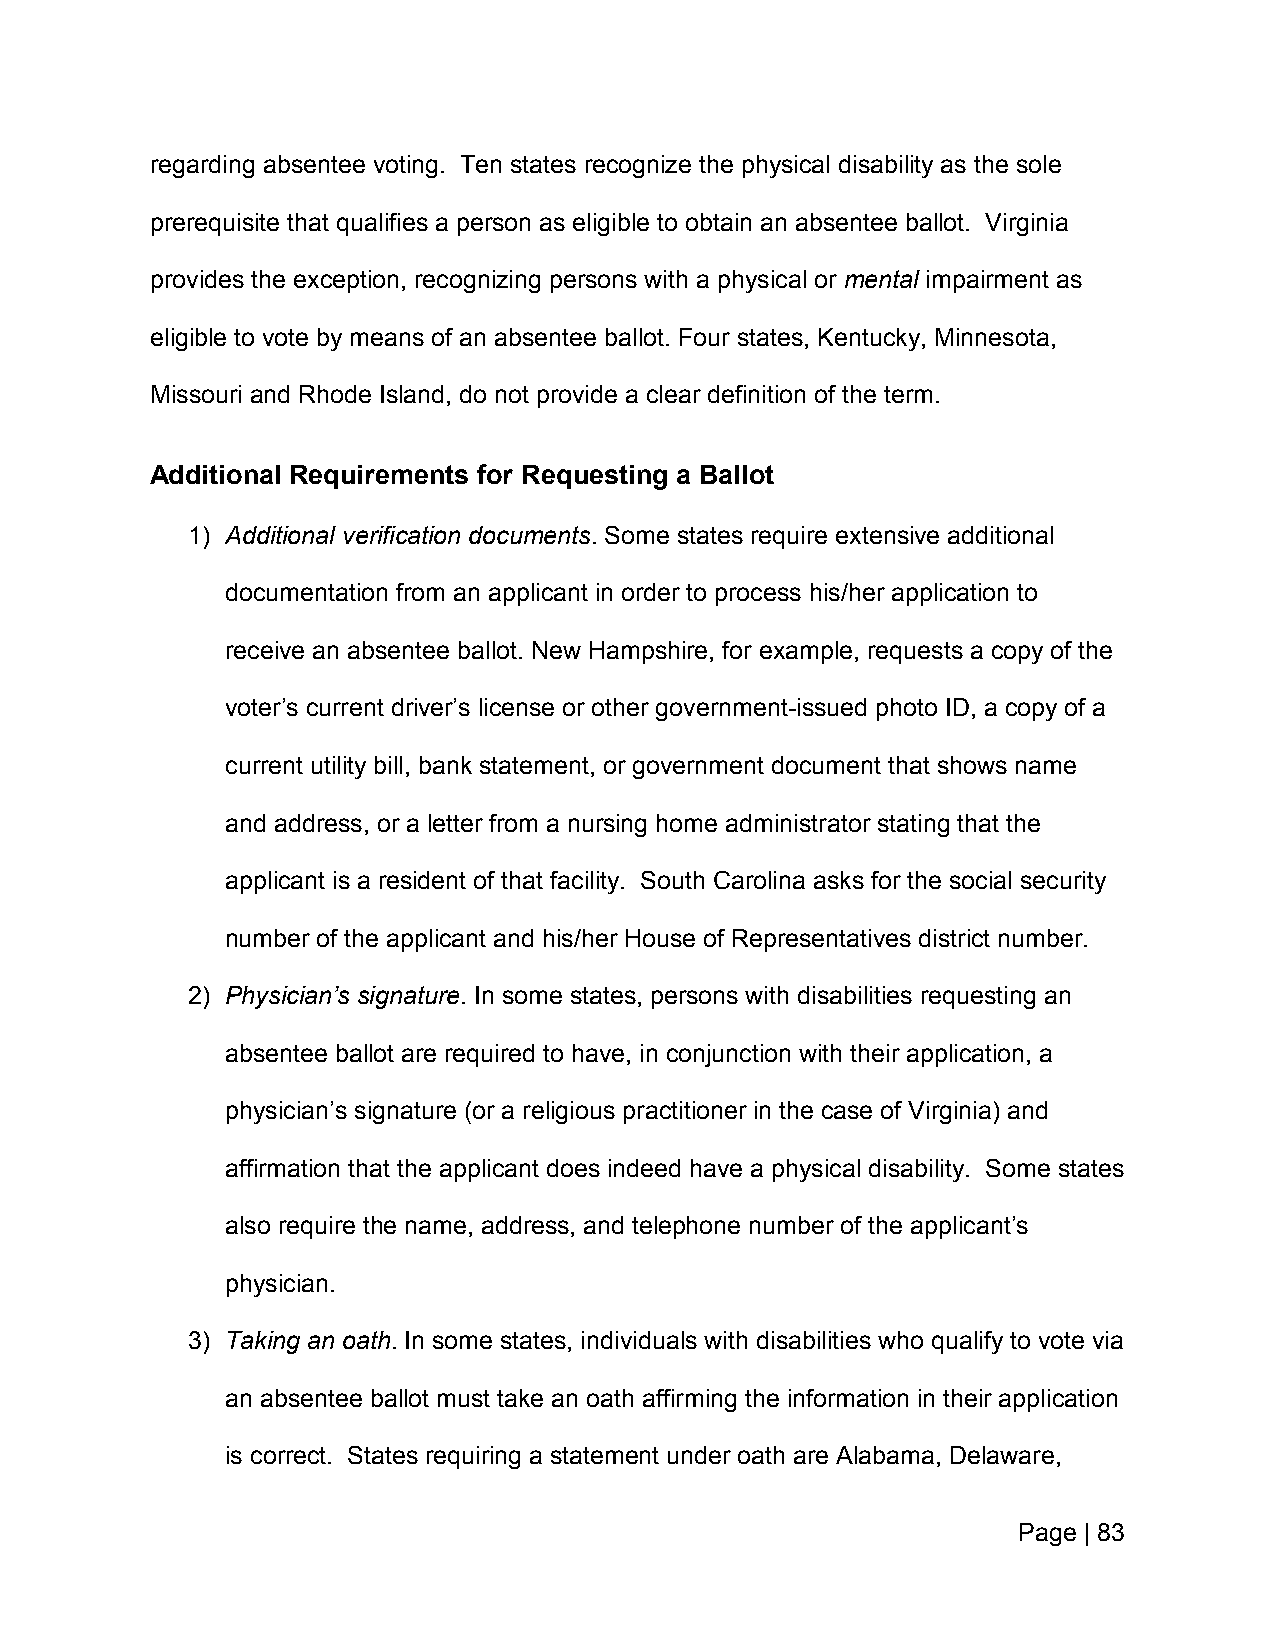
regarding absentee voting. Ten states recognize the physical disability as the sole
 prerequisite that qualifies a person as eligible to obtain an absentee ballot. Virginia
 provides the exception, recognizing persons with a physical or mental impairment as
 eligible to vote by means of an absentee ballot. Four states, Kentucky, Minnesota,
 Missouri and Rhode Island, do not provide a clear definition of the term.
 Additional Requirements for Requesting a Ballot
 1) Additional verification documents. Some states require extensive additional
 documentation from an applicant in order to process his/her application to
 receive an absentee ballot. New Hampshire, for example, requests a copy of the
 voter’s current driver’s license or other government-issued photo ID, a copy of a
 current utility bill, bank statement, or government document that shows name
 and address, or a letter from a nursing home administrator stating that the
 applicant is a resident of that facility. South Carolina asks for the social security
 number of the applicant and his/her House of Representatives district number.
 2) Physician’s signature. In some states, persons with disabilities requesting an
 absentee ballot are required to have, in conjunction with their application, a
 physician’s signature (or a religious practitioner in the case of Virginia) and
 affirmation that the applicant does indeed have a physical disability. Some states
 also require the name, address, and telephone number of the applicant’s
 physician.
 3) Taking an oath. In some states, individuals with disabilities who qualify to vote via
 an absentee ballot must take an oath affirming the information in their application
 is correct. States requiring a statement under oath are Alabama, Delaware,
 Page | 83